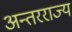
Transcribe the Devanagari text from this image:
अन्तरराज्य